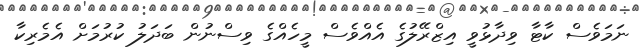
ނަމަވެސް ކާޓާ ވިދާޅުވީ އިޒްރޭލުގެ އެއްވެސް މީހެއްގެ ވިސްނުން ބަދަލު ކުރުމަށް އެމެރިކާ